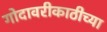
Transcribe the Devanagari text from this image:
गोदावरीकाठीच्या